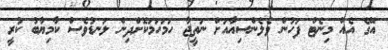
އޭގެ އެއް މިނެޓް ފަހުން ވެލެންސިއާއަށް ނަތީޖާ ހަމަހަމަކޮށްދިން ލަނޑުވެސް ކާމިޔާބު ކުރީ